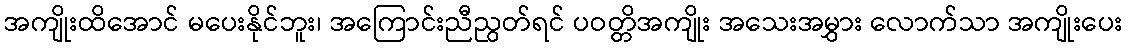
အကျိုးထိအောင် မပေးနိုင်ဘူး၊ အကြောင်းညီညွတ်ရင် ပဝတ္တိအကျိုး အသေးအမွှား လောက်သာ အကျိုးပေး